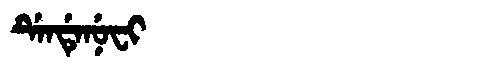
Manchu: ᡩᡝᠨᡩᡝᠨᡠᠸᡳ
Romanization: DENDENUFI